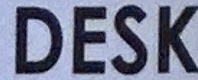
DESK